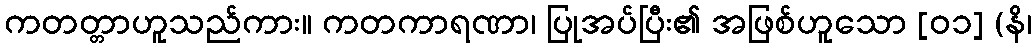
ကတတ္တာဟူသည်ကား။ ကတကာရဏာ၊ ပြုအပ်ပြီး၏ အဖြစ်ဟူသော [၀၁] (နိ၊